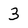
Character: 3